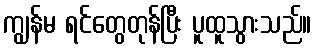
ကျွန်မ ရင်တွေတုန်ပြီး ပူထူသွားသည်။